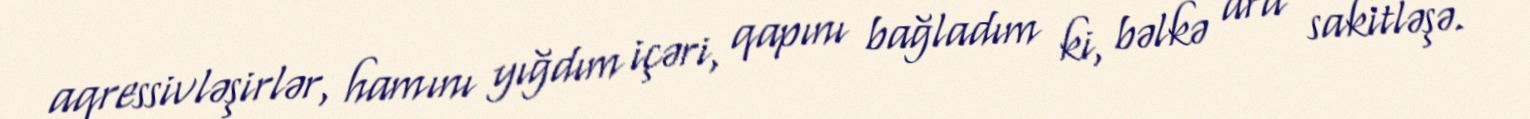
aqressivləşirlər, hamını yığdım içəri, qapını bağladım ki, bəlkə ara sakitləşə.